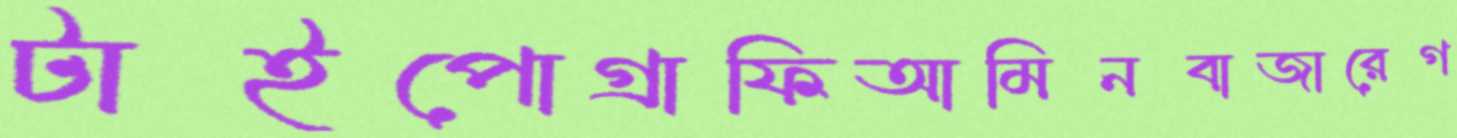
টাইপোগ্রাফিআমিনবাজারেগ